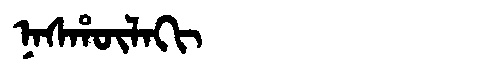
Manchu: ᠨᠠᠰᡥᡡᠯᠠᡴᡳ
Romanization: NASHŪLAKI